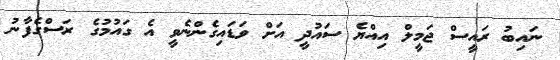
ނައިބު ރައީސް ޖަމީލް އިއްޔެ ސައުދީ އަށް ވަޑައިގެންނެވީ އެ ގައުމުގެ ރަސްގެފާނު